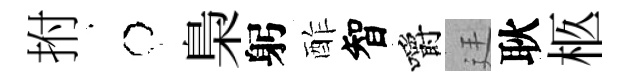
拊牛梟躬酢智嚼廷耿柩